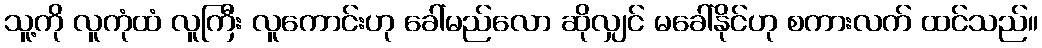
သူ့ကို လူကုံထံ လူကြီး လူကောင်းဟု ခေါ်မည်လော ဆိုလျှင် မခေါ်နိုင်ဟု စကားလက် ထင်သည်။